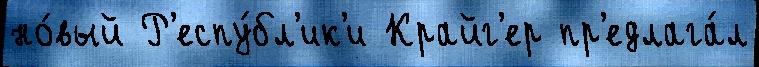
но́вый Р'еспу́бл'ик'и Крайг'ер пр'едлага́л